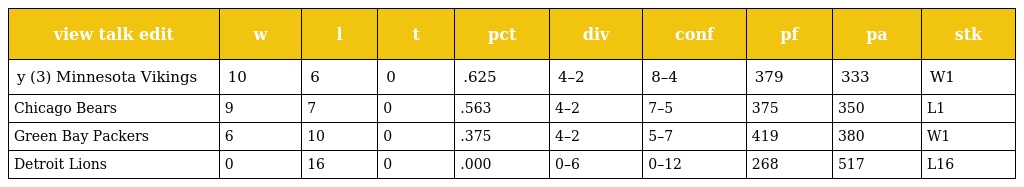
| view talk edit | w | l | t | pct | div | conf | pf | pa | stk |
 | --- | --- | --- | --- | --- | --- | --- | --- | --- | --- |
 | y (3) Minnesota Vikings | 10 | 6 | 0 | .625 | 4–2 | 8–4 | 379 | 333 | W1 |
 | Chicago Bears | 9 | 7 | 0 | .563 | 4–2 | 7–5 | 375 | 350 | L1 |
 | Green Bay Packers | 6 | 10 | 0 | .375 | 4–2 | 5–7 | 419 | 380 | W1 |
 | Detroit Lions | 0 | 16 | 0 | .000 | 0–6 | 0–12 | 268 | 517 | L16 |